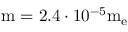
\mathrm { { m } = 2 . 4 \cdot 1 0 ^ { - 5 } \mathrm { { m _ { e } } } }